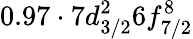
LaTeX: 0.97\cdot 7d_{3/2}^{2}6f_{7/2}^{8}